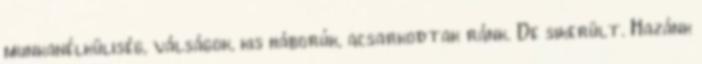
munkanélküliség, válságok, kis háborúk, acsarkodtak ránk. De sikerült. Hazánk